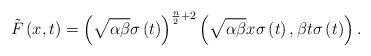
LaTeX: \begin{align*}\tilde{F}\left( x,t\right) =\left( \sqrt{\alpha \beta }\sigma \left(t\right) \right) ^{\frac{n}{2}+2}\left( \sqrt{\alpha \beta }x\sigma \left(t\right) ,\beta t\sigma \left( t\right) \right) . \end{align*}